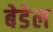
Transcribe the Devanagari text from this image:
बेडेल